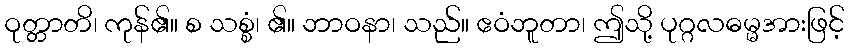
ဝုတ္တာတိ၊ ကုန်၏။ စ သစ္စံ၊ ၏။ ဘာဝနာ၊ သည်။ ဧဝံဘူတာ၊ ဤသို့ ပုဂ္ဂလဓမ္မအားဖြင့်